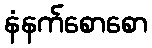
နံနက်စောစော